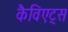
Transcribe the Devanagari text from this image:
कैविएट्स